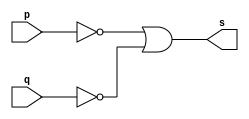
//----
//Exemplo0009 - NAND
//Nome: Thas Pedrosa Gomes
//Matrcula: 451616
//----

//----
//-- nand gate
//----

module nandgate (output s, input p, input q);
assign s = (~p | ~q); //criar vinculo permanente
              //(dependencia)
endmodule // nandgate

//----
//-- test nand gate
//----

module testnandgate;
//---- dados locais
	reg a, b; //definir registrador
	       //(variavel independente)
	wire s; //definir conexao (fio)
	        //(variavel dependente)
			  
//---- instancia
nandgate NAND1 (s, a, b);

//---- preparacao
initial begin: start
  a = 0; b = 0;
  
end

//---- parte principal
initial begin: main
    //execucao unitaria
	$display("Exemplo0009 - Thais Pedrosa Gomes - 451616");
	$display("Test NAND gate.");
	$display("\n(~a | ~b)) = s\n");
	  a = 0; b = 0;
	  
#1 	$display("~( %b & %b )= %b", a, b, s);
     a = 0; b = 1;  
#1    $display("~( %b & %b )= %b", a, b, s);
     a = 1; b = 0;
#1    $display("~( %b & %b )= %b", a, b, s);
     a = 1; b = 1;
#1    $display("~( %b & %b )= %b", a, b, s);	
    	  	  
end

endmodule //testxnorgate